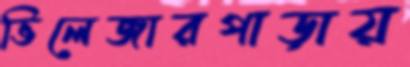
ভিলেজারপাড়ায়